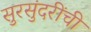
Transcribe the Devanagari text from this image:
सुरसुंदरींची